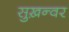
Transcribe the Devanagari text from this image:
सुख़न्वर